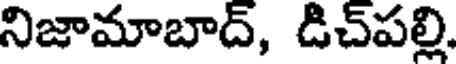
నిజామాబాద్, డిచ్పల్లి,